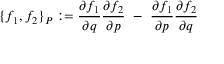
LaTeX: \{ f _ { 1 } , f _ { 2 } \} _ { P } : = \frac { \partial f _ { 1 } } { \partial q } \frac { \partial f _ { 2 } } { \partial p } \ - \ \frac { \partial f _ { 1 } } { \partial p } \frac { \partial f _ { 2 } } { \partial q }